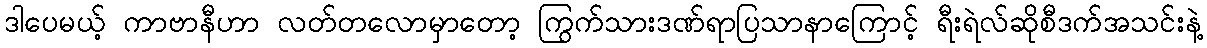
ဒါပေမယ့် ကာဗာနီဟာ လတ်တလောမှာတော့ ကြွက်သားဒဏ်ရာပြသာနာကြောင့် ရီးရဲလ်ဆိုစီဒက်အသင်းနဲ့